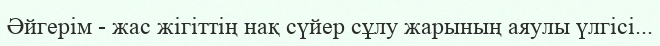
Әйгерім - жас жігіттің нақ сүйер сұлу жарының аяулы үлгісі...